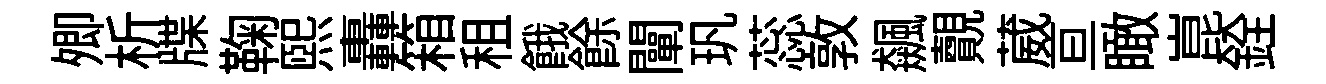
𡖖析牒鞠熙轟箱租餓餘闡㺬蕊敦飆覿葳亘瞰崑銓